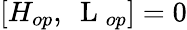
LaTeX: [H_{op},\mathrm{~\mathbf~L~}_{op}]=0